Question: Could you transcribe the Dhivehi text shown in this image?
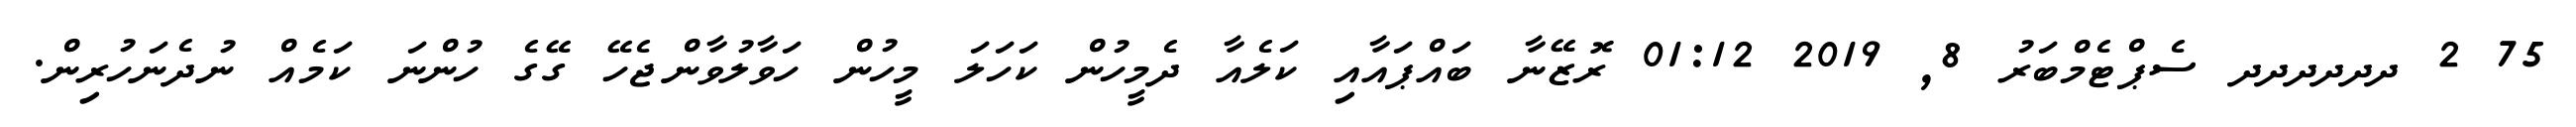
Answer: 75 2 ދދދދދދ ސެޕްޓެމްބަރު 8, 2019 01:12 ރޮޒޭނާ ބައްޕައާއި ކަލެއާ ދެމީހުން ކަހަލަ މީހުން ހަވާލުވާންޖެހޭ ގޭގެ ހުންނަ ކަމެއް ނުދެނަހުރިން.